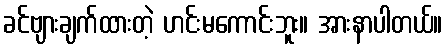
ခင်ဗျားချက်ထားတဲ့ ဟင်းမကောင်းဘူး။ အားနာပါတယ်။